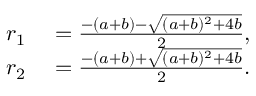
\begin{array} { r l } { r _ { 1 } } & { { } = \frac { - ( a + b ) - \sqrt { ( a + b ) ^ { 2 } + 4 b } } { 2 } , } \\ { r _ { 2 } } & { { } = \frac { - ( a + b ) + \sqrt { ( a + b ) ^ { 2 } + 4 b } } { 2 } . } \end{array}